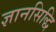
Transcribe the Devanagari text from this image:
ज्ञानसिद्धि